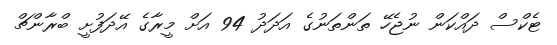
ޓެކްސް ދައްކަން ނުޖެހޭ ތަންތަނުގެ އަދަދު 94 އަށް މީރާގެ އޭދަފުށީ ބްރާންޗް